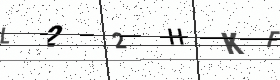
Text: L22HKF